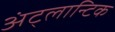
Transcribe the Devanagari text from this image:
अंट्लान्टिक